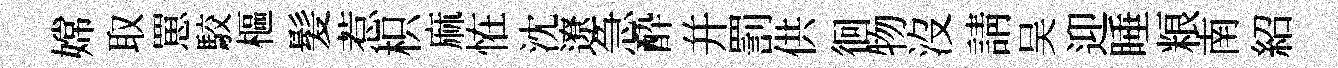
嫦取罳駮樞髪惹枳麻恠沈遼急酔幷罰供徊物沒請吴迎睡粮南紹